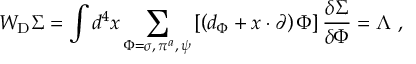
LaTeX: W _ { \mathrm { D } } \Sigma = \int d ^ { 4 } x \sum _ { { \Phi = \sigma , \, \pi ^ { a } , \, \psi } } \left[ \left( d _ { \Phi } + x \cdot \partial \right) \Phi \right] \frac { \delta \Sigma } { \delta \Phi } = \Lambda \, \, ,